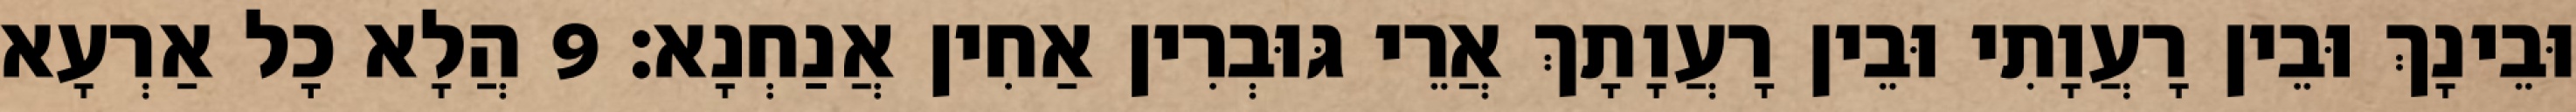
וּבֵינָךְ וּבֵין רָעֲוָתִי וּבֵין רָעֲוָתָךְ אֲרֵי גּוּבְרִין אַחִין אֲנַחְנָא׃ 9 הֲלָא כָל אַרְעָא